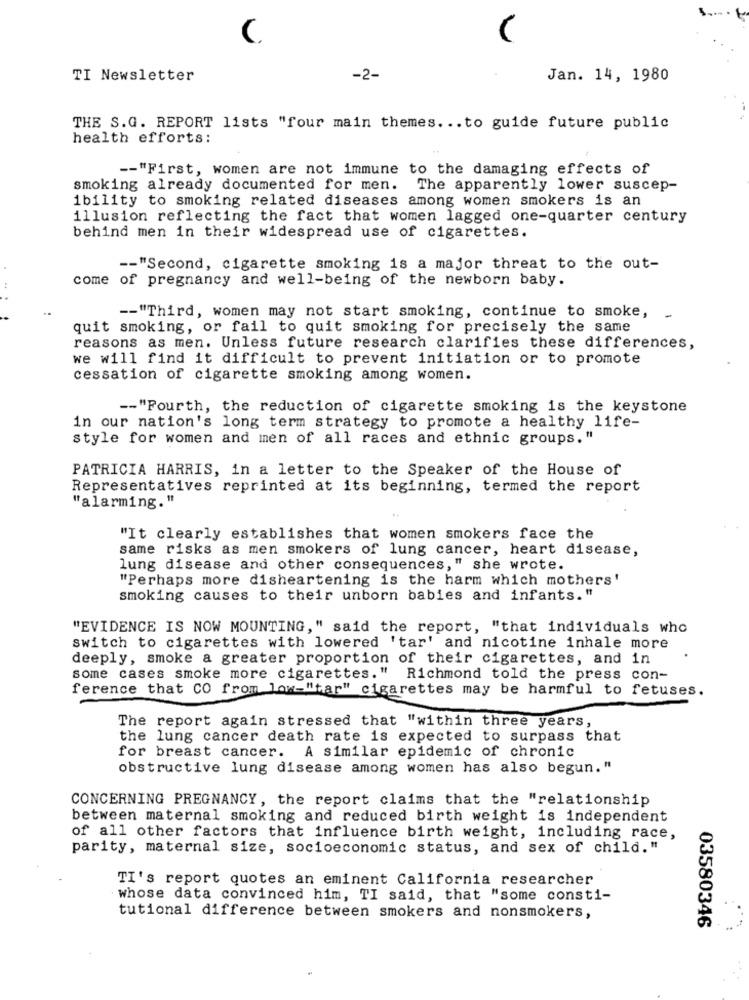
C
TI Newsletter
-2-
Jan. 14, 1980
THE S.G. REPORT lists "four main themes. .. to guide future public
health efforts:
-- "First, women are not immune to the damaging effects of
smoking already documented for men. The apparently lower suscep-
ibility to smoking related diseases among women smokers is an
illusion reflecting the fact that women lagged one-quarter century
behind men in their widespread use of cigarettes.
-- "Second, cigarette smoking is a major threat to the out-
come of pregnancy and well-being of the newborn baby.
-- "Third, women may not start smoking, continue to smoke, .
quit smoking, or fail to quit smoking for precisely the same
reasons as men. Unless future research clarifies these differences,
we will find it difficult to prevent initiation or to promote
cessation of cigarette smoking among women.
-- "Fourth, the reduction of cigarette smoking is the keystone
in our nation's long term strategy to promote a healthy life-
style for women and men of all races and ethnic groups. "
PATRICIA HARRIS, in a letter to the Speaker of the House of
Representatives reprinted at its beginning, termed the report
"alarming."
"It clearly establishes that women smokers face the
same risks as men smokers of lung cancer, heart disease,
lung disease and other consequences," she wrote.
"Perhaps more disheartening is the harm which mothers'
smoking causes to their unborn babies and infants."
"EVIDENCE IS NOW MOUNTING, " said the report, "that individuals who
switch to cigarettes with lowered 'tar' and nicotine inhale more
deeply, smoke a greater proportion of their cigarettes, and in
some cases smoke more cigarettes." Richmond told the press con-
ference that CO from low-"tar" cigarettes may be harmful to fetuses.
The report again stressed that "within three years,
the lung cancer death rate is expected to surpass that
for breast cancer. A similar epidemic of chronic
obstructive lung disease among women has also begun."
CONCERNING PREGNANCY, the report claims that the "relationship
between maternal smoking and reduced birth weight is independent
of all other factors that influence birth weight, including race,
parity, maternal size, socioeconomic status, and sex of child."
TI's report quotes an eminent California researcher
whose data convinced him, TI said, that "some consti-
tutional difference between smokers and nonsmokers,
03580346